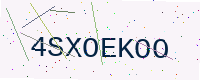
Text: 4SXOEKOO